Vaccination in the Punjab 1919-1929 - 1919-1929
Year: 1919
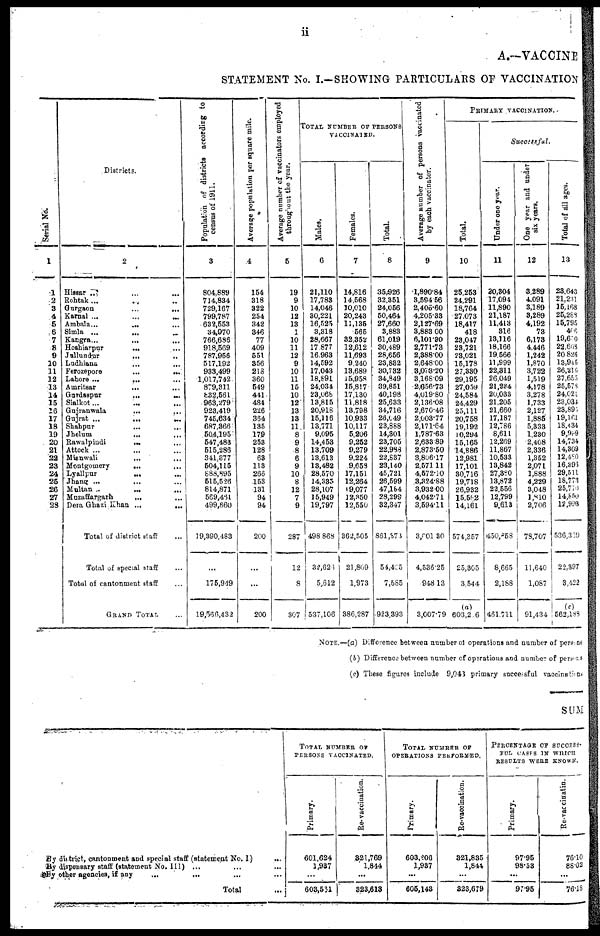
ii
A.-VACCINE
STATEMENT No. I.—SHOWING PARTICULARS OF VACCINATION
Serial No.
1
1
2
3
4
5
6
7
8
9
10
11
12
13
14
15
16
17
18
19
20
21
22
23
24
26
26
27
28
Districts.
2
Hissar
...
...
...
Rohtak ... ... ...
Gurgaon
...
...
Karnal
...
...
...
Ambala ...
...
...
Simla ... ... ...
Kangra
...
...
...
Hoshiarpur
...
...
Jullundur
...
..
Ludhiana
...
...
Ferozepore
...
...
Lahore ...
... ...
Amritsar
... ...
Gurdaspur
...
...
Sialkot... ... ...
Guiranwala
... ...
Gujrat ...
...
Shahpur ... ...
Jhelum
...
...
Rawalpindi
...
...
Attock ... ... ...
Mianwali
... ...
Montgomery
... ...
Lyallpur
... ...
Jhang ...
... ...
Multan ... ... ...
Muzaffargarh
... ...
Dera Ghazi Khan
... ...
Total of district staff ...
Total of special staff ...
Total of cantonment staff ...
GRAND TOTAL
Population of districts according to
census of 1911.
3
804,889
714,834
729,167
799,787
632,553
34,970
766,686
918,569
787,956
517,192
933,499
1,017,742
879,311
832,661
963,279
923,419
745,634
687,366
504,195
547,483
515,286
341,377
504,115
688,895
515,526
814,871
569,461
499,860
19,390,483
...
175,949
19,560,432
Average population per square mile.
4
154
318
322
254
342
346
77
409
551
356
218
360
549
441
484
226
364
135
179
253
128
63
113
263
153
131
94
94
200
...
...
200
Average number of vaccinators employed
throughout the year.
5
19
9
10
12
13
1
10
11
12
9
10
11
15
10
12
13
13
11
8
9
8
6
9
10
8
12
7
9
287
12
8
307
TOTAL NUMBER OF PERSONS
VACCINATED.
Males.
6
21,110
17,788
14,046
30,221
16,525
3,318
28,667
17 877
16,963
14,592
17,043
18,891
24,034
23,068
13,816
20,918
15,116
13,771
9,095
14,453
13,709
13,613
13,482
28,570
14,335
28,107
15,949
19,797
498 868
32,626
5,612
537,106
Females.
7
14,816
14,568
10,010
20,243
11,136
565
32,352
12,612
11,693
9,240
13,689
15,958
15,817
17,130
11,818
13,798
10,933
10,117
5,206
9,252
9,279
9,224
9,658
17,151
12,264
19,077
12,350
12,550
362,505
21,809
1,973
386,287
Total.
8
35,926
32,351
24,056
50,464
27,660
3,883
61,019
30,489
28,656
23,832
30,732
34,849
39,851
40,198
25,633
34,716
26,049
23,888
14,301
23,705
22,988
22,837
23,140
45,721
26,599
47,184
28,299
32,347
861,373
54,425
7,585
923,393
Average number of persons vaccinated
by each vaccinator.
9
1,890.84
3,594.66
2,405.60
4,205.33
2,127.69
3,883.00
6.101.80
2,771.73
2,388.00
2,648.00
3,073.20
3,168.09
2,656.73
4,019.80
2,136.08
2,670.46
2,003.77
2,171.64
1,787.63
2,633.89
2,873.50
3,806.17
2,571.11
4,572.10
3,324.88
3,932.00
4,042.71
3,594.11
3,001.30
4,536.25
948.13
3,007.79
PRIMARY
VACCINATION.
Total.
10
25,253
24,291
18,764
27,073
18,417
418
23,047
23,721
23,021
15,178
27,330
29,195
27,059
24,584
24,429
25,111
20,758
19,192
10,294
15,165
14,886
12,981
17,101
30,716
19,718
26,932
15,562
14,161
574,357
25,305
3,544
(a)
603,2.6
Successful.
Under one year.
11
20,304
17,094
11,890
21,187
11,413
316
13,116
18,166
19,566
11,999
22,311
26,049
21,234
20,033
21,205
21,660
17,187
12,786
8,611
12,269
11,867
10,533
13,842
27,380
13,872
22,556
12,799
9,613
450,858
8,665
2,188
461.711
One year and under
six years.
12
3,289
4,091
3,189
3,289
4,192
73
6,173
4,446
1,242
1,870
3,722
1,519
4,178
3,278
1,733
2,127
1,886
5,333
1,230
2,408
2,336
1,352
2,071
1,888
4,229
3,048
1,810
2,706
78,707
11,640
1,087
91,434
Total of all ages.
13
23,643
21,231
15,168
25,288
15,795
466
19,690
22,668
20,826
13,945
6,216
27,655
25,578
24,021
23,033
23,891
19,l61
18,434
9,999
14,734
14,309
12,480
16,396
29,511
18,773
25,760
14,850
12,993
536,369
22,397
3,422
(c)
562,188
NOTE.—(a) Difference between number of operations and number of persons
(b) Difference between number of operations and number of persons
(c) These figures include 9,043 primary successful vaccinatins
SUM
By district, cantonment and special staff (statement No. I)
...
By dispensary staff (statement No. III) ... ... ...
By other agencies, if any
...
... ... ...
Total ...
TOTAL NUMBER OF
PERSONS VACCINATED.
Primary.
601,624
1,937
...
603,531
Re-vaccination.
321,769
1,844
...
323,613
TOTAL NUMBER OF
OPERATIONS PERFORMED.
Primary.
603,206
1,937
...
605,143
Re-vaccination.
321,835
1,844
...
323,679
PERCENTAGE OF SUCCESS-
FUL CASES IN WHICH
RESULTS WERE KNOWN.
Primary.
97.95
98.53
...
97.95
Re-vaccinatin.
76.10
88.02
...
76.18